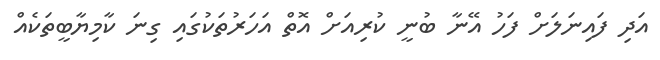
އަދި ފައިނަލަށް ފަހު އޭނާ ބުނީ ކުރިއަށް އޮތް އަހަރުތަކުގައި ގިނަ ކާމިޔާބީތަކެއް